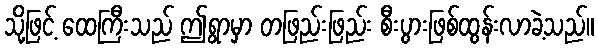
သို့ဖြင့် ထေကြီးသည် ဤရွာမှာ တဖြည်းဖြည်း စီးပွားဖြစ်ထွန်းလာခဲ့သည်။